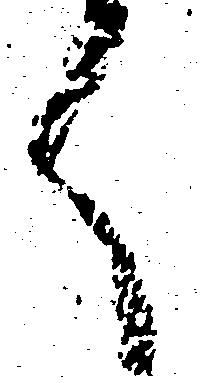
く